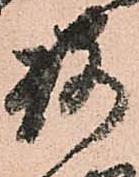
路